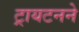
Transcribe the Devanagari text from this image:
ट्रायटनने